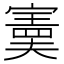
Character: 𫴂